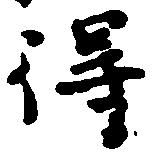
得